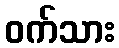
ဝက်သား